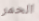
الحمر